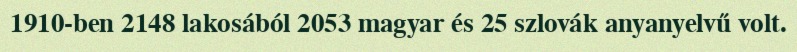
1910-ben 2148 lakosából 2053 magyar és 25 szlovák anyanyelvű volt.